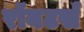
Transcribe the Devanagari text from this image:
रॉबटर्स